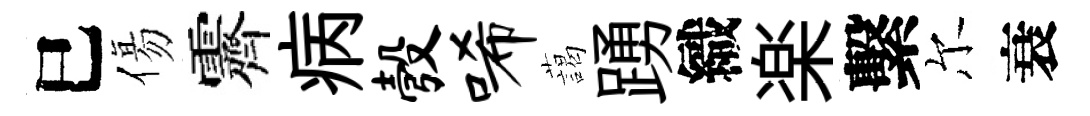
巳傷霽病彀唏藹踴織楽繫尔衰